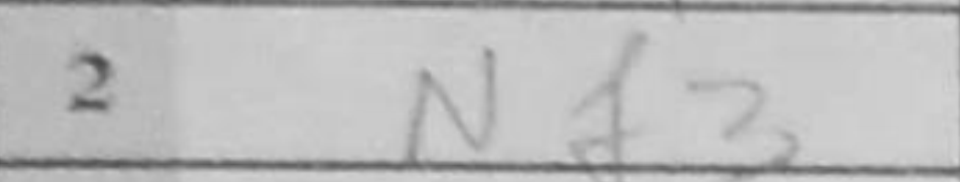
Transcription: Nf3